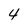
Character: 4